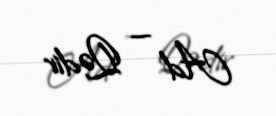
Ad — Qədir